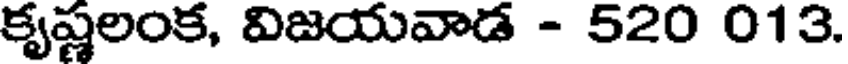
కృష్ణలంక, విజయవాడ - 520 013.